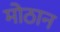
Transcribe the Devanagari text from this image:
मोठान